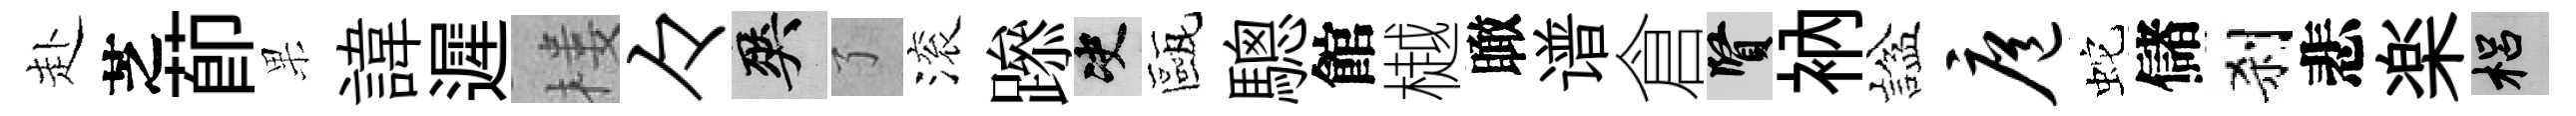
赴芝莭果諱遲楼々爽了滚𨅶决甌驄館樾瞰谱倉賢衲諡扈蛇儲刹悲楽梠